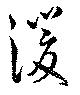
湲